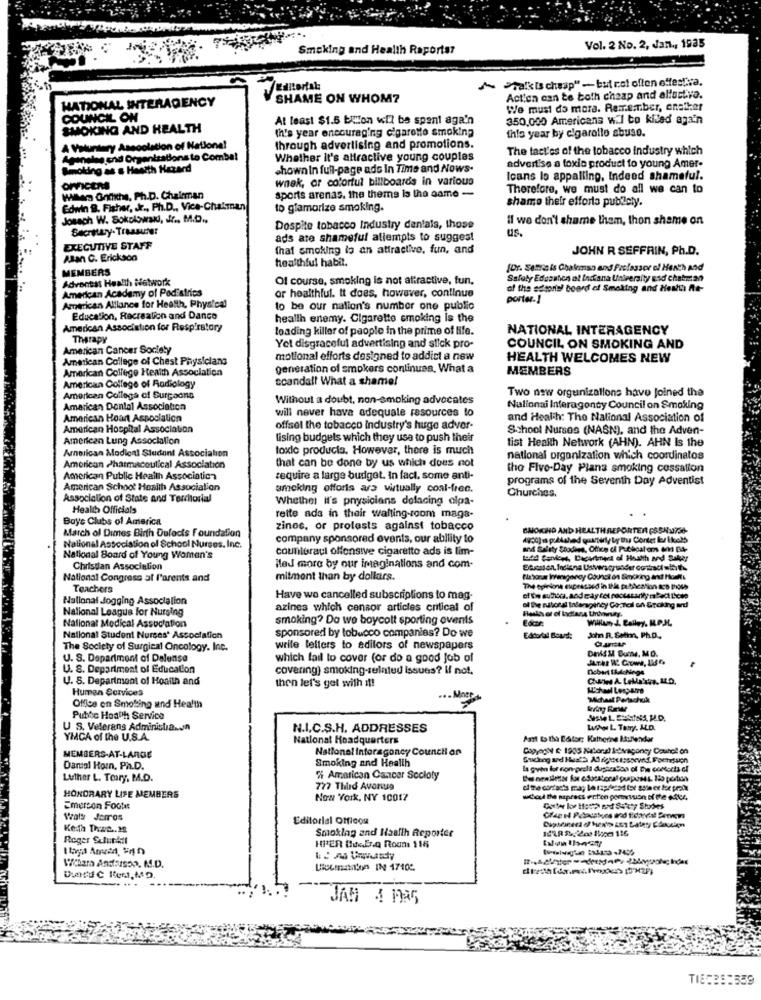
Smoking and Health Raportsr
Vol. 2 No. 2, Jan ., 1985
~PakkIs cheap" -but not often effective.
Editorial
HATIONAL INTERAGENCY
SHAME ON WHOM?
Action can te both cheap and allactiva.
We must do mora. Remember, analker
COUNCIL ON
At least $1.5 billion will be spent aga'n
350,000 Americana wil bo kilad again
SMOKING AND HEALTH
Ih's year encouraging cigarette smoking
this year by cigarollo abuso.
A Voluntary Asscolation of Natione!
through advertising and promotions.
The tact'es of the tobacco industry which
Aganales end Organisations to Combat
Whether it's attractive young couples
Smoking as s Health Hazard
shown in full-page ads In Time and Nows.
advertise a toxic product fo young Amer-
wnek, or colorful billboards in various
Icans lo appalling, Indeed shameful.
OFFICEM
Therefore, we must do all we can to
Milan Ordixhs, Ph.D. Chairman
sports arenas. the theme is the name -
shame their efforts publicly.
Edwin B. Fisher, Jr ., Ph.D ., Vice-Chatman
to glamorize smoking.
Joseph W. Sokolowald, Jr ., M.D .,
il we don't shame them, thon shame on
Secretary- Treasurer
Dospite tobacco Industry denials, those
us.
ads are shameful atiempis to suggest
EXECUTIVE STAFF
that smoking la an attractive, fun, and
JOHN R SEFFRIN, Ph.D.
ABan C. Erickson
MEMBERS
healthful habit.
[Dr. Semais Ghalemao and Fuelassor of Henth and
Adventss Health Network
Of course, smoking is not attractive, fun,
Safety Education al Indiana University and chatman
American Academy of Pediatrics
or healthful. It does, however, continue
of the seapris! board of Smoking and Healtha fte-
porter-1
American Alliance for Health, Physical
to be our nation's number one public
Education, Recreation and Dance
health enemy. Cigarette smoking is the
American Association for Respiratory
loading killer of people in the prime of life.
NATIONAL INTERAGENCY
Therapy
American Cancer Society
Yet disgraceful advertising and stick pro-
COUNCIL ON SMOKING AND
American College of Chest Physicians
motional efforts designed to addict a new
HEALTH WELCOMES NEW
American College Health Association
generation of smokers continuas. What a
MEMBERS
scandal! What a shame!
American College of Radiology
Two new organizations have joined the
American College of Surgeons
Without a doubt, non-smoking advocates
American Dental Association
will never have adequate resources to
Nulionai Inferagonty Council on Smoking
American Heart Association
and Health: The National Association of
American Hospital Association
offsel the tobacco Industry's huge adver-
School Nurses (NASN), and the Adven-
American Lung Association
lising budgets which they usa to push their
tist Health Network (AHN). AHN Is the
Arnorican Medical Student Association
toxic producta, However, there is much
that can be done by us which does not
national organization which coordinalos
American Pharmaceutical Association
the Five-Day Plans smoking cessation
American Public Health Association
require a large budget. In fact, some anti-
programs of the Seventh Day Adventist
American School Hoaith Association
smoking efforts are virtually coal-frec.
Churches.
Association of State and Territorial
Whether it's physicians delacing elpa-
Health Officials
Boys Clubs of America
rette ada in their walting-room maga-
March of Dimes Birth Defects foundation
zinos, or protests against tobacco
BHOICHD AND HEALTHREPORTER (SSN3736-
company sponsored events, our ability to
National Association of School Nurses, Inc.
couniuraul offensive cigaretto ads is lim-
National Board of Young Women's
Christian Association
Med more by our imaginations and com-
National Congress al l'arents and
mitment than by dollars.
Teachers
The opinions expressed in the publication aco those
National Jogging Association
Have we cancelled subscriptions to mag-
National League For Nursing
azines which censor articles critical of
of the national Inderagency Gostoil sh Groking and
smoking? Do we boycott sporting events
Willlam J. Bailey. M.P.JL
National Medical Association
sponsored by tobacco companies? Do we
National Student Nurses' Association
Editorial Board:
John R. Sulh, Ph.D ..
The Society of Surgical Oncology. Inc.
write tellers to editors of newspapers
DIldM Buy, MO.
U. S. Department of Delense
which fail to cover (or do a good job of
U. S. Department of Education
covering) smoking-seintud issues? If not,
U. S. Department of Health and
Human Scavices
then let's get with it!
"Michael Perachuk
Office en Smoling und Health
Public Health Service
U S. Veterans Adminisliason
N.I.C.S.H. ADDRESSES
Lucho L. Tony. ALD.
YMCA of the U.S.A.
National Headquarters
Part to the Editor: Katherine Itulender
National Inforagoncy Council on
CopyogN & 1985 Millongl &:dragoncy Council on
MEMBERS-AT-LARGE
Smoking and Health
Daniel Horn, Ph.D.
la gyin for non-preli dusterboa of the contorta of
Luther L. Teary, M.D.
% American Cancer Socloty
777 Third Avonsg
HONORARY LIFE MEMBERS
Now York, NY 10017
what the sapress ert'en pomnison of the edile
Emerson Foote
Wals Jemos
Editorial Officou
Keith Than. 2
Roger Sulurktl
Smoklag and Haalih Reporter
HIER DesEro Rooms 116
Vihar Andflusso, M.D.
JAM 4 MAG